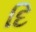
દિ